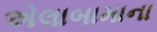
એલાબામાના